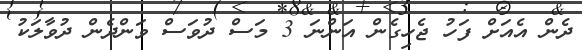
ދެން އެއަށް ފަހު ޖެހިގެން އަންނަ 3 މަސް ދުވަސް ވަންދެން ދުވާލަކު